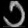
Digit: ၁